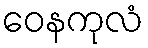
ဝေနကုလံ